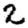
Digit: 2